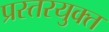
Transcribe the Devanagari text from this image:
प्रस्तरयुक्त